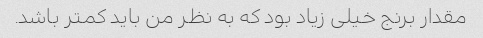
مقدار برنج خیلی زیاد بود که به نظر من باید کمتر باشد.